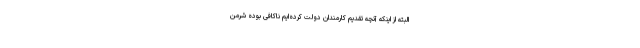
البته از اینکه آنچه تقدیم کارمندان دولت کرده‌ایم ناکافی بوده شرمن